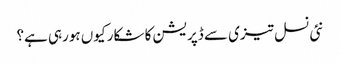
نئی نسل تیزی سے ڈپریشن کا شکار کیوں ہورہی ہے؟